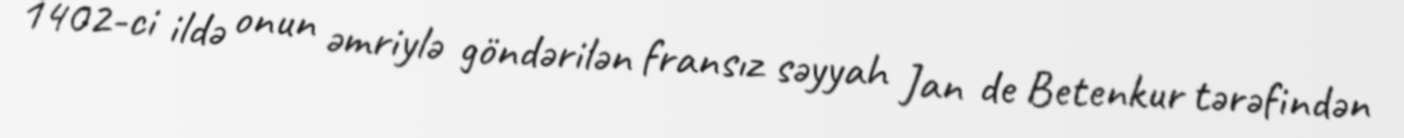
1402-ci ildə onun əmriylə göndərilən fransız səyyah Jan de Betenkur tərəfindən